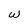
Character: W